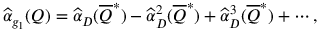
\widehat { \alpha } _ { g _ { 1 } } ( Q ) = \widehat { \alpha } _ { D } ( \overline { { Q } } ^ { * } ) - \widehat { \alpha } _ { D } ^ { 2 } ( \overline { { Q } } ^ { * } ) + \widehat { \alpha } _ { D } ^ { 3 } ( \overline { { Q } } ^ { * } ) + \cdots ,